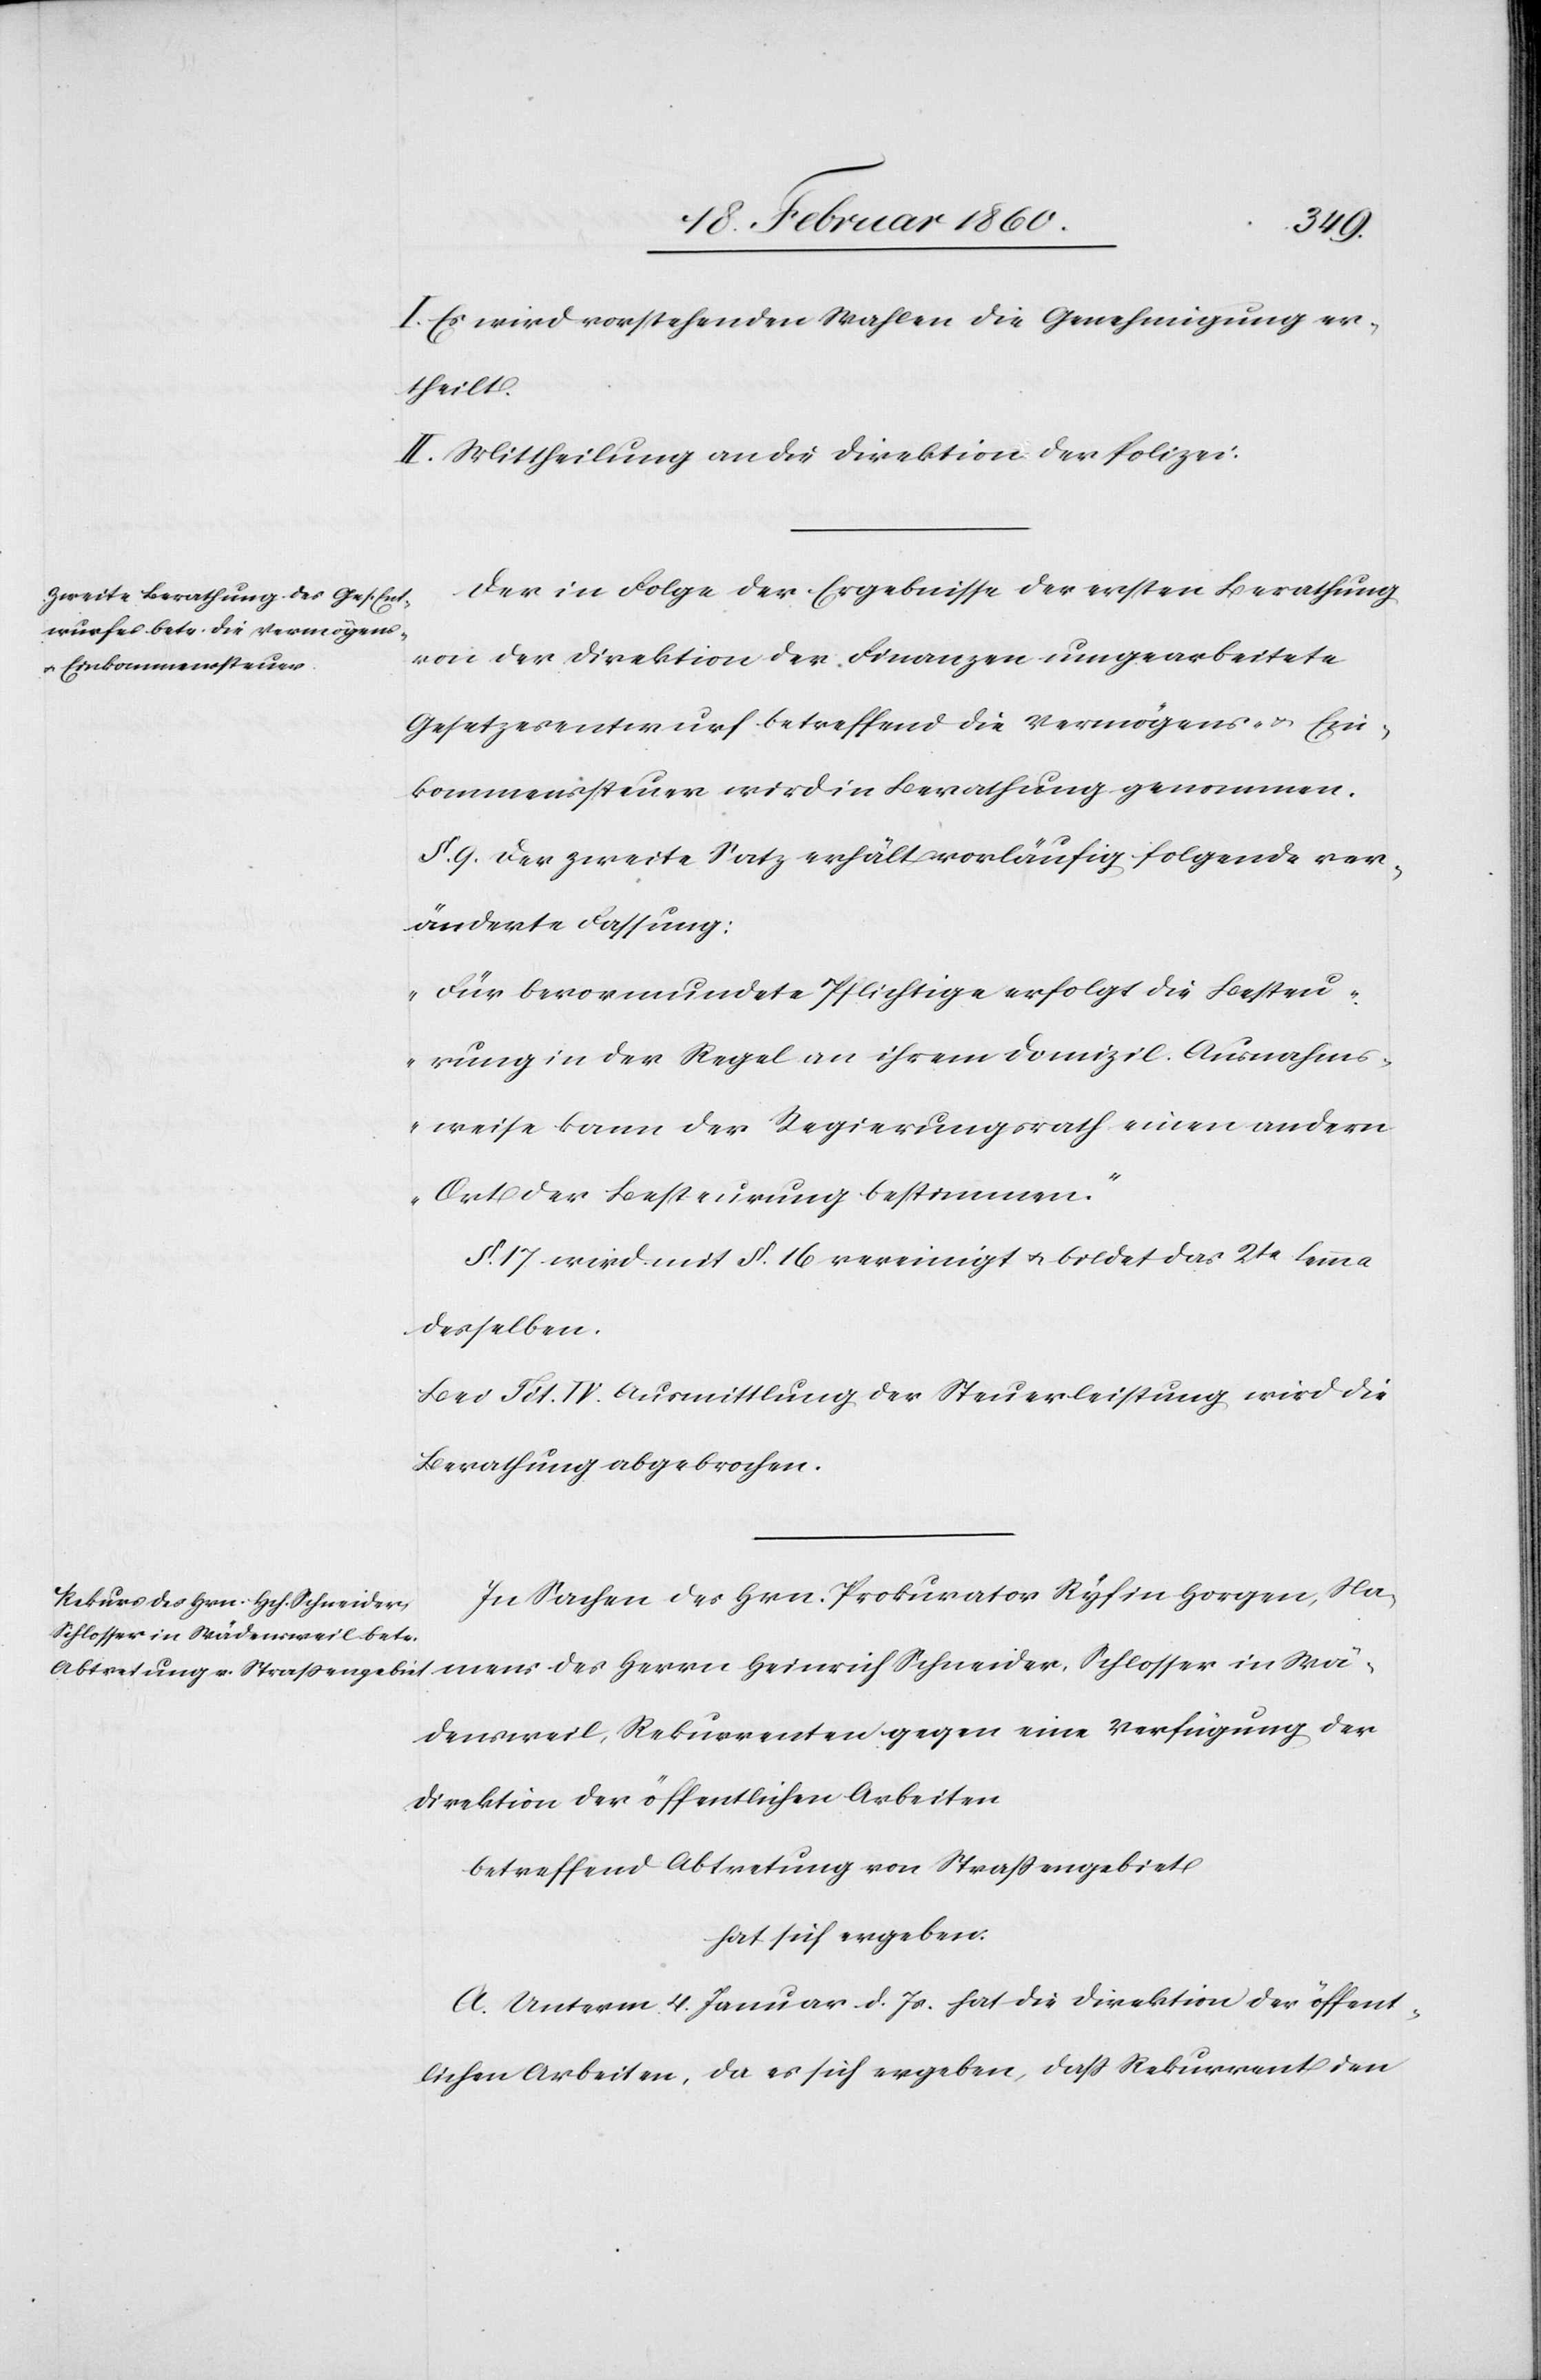
renten
I. Es wird vorstehenden Wahlen die Genehmigung er¬
theilt.
II. Mittheilung an die Direktion der Polizei.
Der in Folge der Ergebnisse der ersten Berathung
von der Direktion der Finanzen umgearbeitete
Gesetzesentwurf betreffend die Vermögens- u. Ein¬
kommenssteuer wird in Berathung genommen.
§. 9. der zweite Satz erhält vorläufig folgende ver¬
änderte Fassung:
„Für bevormundete Pflichtige erfolgt die Besteu¬
erung in der Regel an ihrem Domizil. Ausnahms¬
weise kann der Regierungsrath einen andern
Ort der Besteurung bestimmen.“
§. 17. wird mit §. 16. vereinigt u. bildet das 2tr Lemma
desselben.
Bei Tit. IV. Ausmittlung der Steuerleistung wird die
Berathung abgebrochen.
In Sachen des Hrn. Prokurator Ryf in Horgen, Na¬
mens des Herrn Heinrich Schneider,
Schlosser in Wädensweil, Rekur¬
Direktion der öffentlichen Arbeiten
betreffend Abtretung von Strassengebiet
hat sich ergeben:
A. Unterm 4. Januar d. Js. hat die Direktion der öffent¬
lichen Arbeiten, da es sich ergeben, dass Rekurrent den